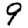
Digit: 9